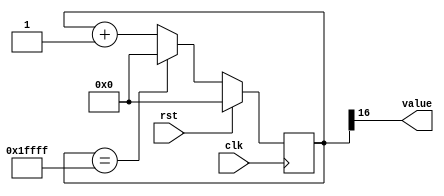
/*
   This file was generated automatically by the Mojo IDE version B1.3.5.
   Do not edit this file directly. Instead edit the original Lucid source.
   This is a temporary file and any changes made to it will be destroyed.
*/

/*
   Parameters:
     SIZE = DIGIT_BITS
     DIV = DIV
     TOP = DIGITS-1
     UP = 1
*/
module counter_18 (
    input clk,
    input rst,
    output reg [0:0] value
  );
  
  localparam SIZE = 1'h1;
  localparam DIV = 5'h10;
  localparam TOP = 3'h1;
  localparam UP = 1'h1;
  
  
  reg [16:0] M_ctr_d, M_ctr_q = 1'h0;
  
  localparam MAX_VALUE = 19'h1ffff;
  
  always @* begin
    M_ctr_d = M_ctr_q;
    
    value = M_ctr_q[16+0-:1];
    if (1'h1) begin
      M_ctr_d = M_ctr_q + 1'h1;
      if (1'h1 && M_ctr_q == 19'h1ffff) begin
        M_ctr_d = 1'h0;
      end
    end else begin
      M_ctr_d = M_ctr_q - 1'h1;
      if (1'h1 && M_ctr_q == 1'h0) begin
        M_ctr_d = 19'h1ffff;
      end
    end
  end
  
  always @(posedge clk) begin
    if (rst == 1'b1) begin
      M_ctr_q <= 1'h0;
    end else begin
      M_ctr_q <= M_ctr_d;
    end
  end
  
endmodule